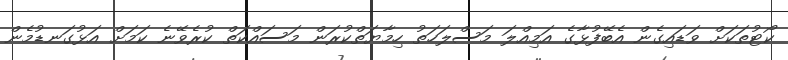
ކޯޓުތަކަށް ވަޑައިގެން އެބޭފުޅާގެ އަމިއްލަ މަސްލަހަތު ހިމާޔަތްކުރަން މަސައްކަތް ކުރެވޭނެ ކަމަށް އަޅުގަނޑުމެން